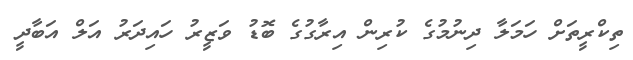
ތިކްރީތަށް ހަމަލާ ދިނުމުގެ ކުރިން އިރާގުގެ ބޮޑު ވަޒީރު ހައިދަރު އަލް އަބާދީ